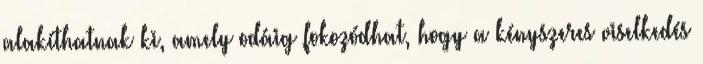
alakíthatnak ki, amely odáig fokozódhat, hogy a kényszeres viselkedés